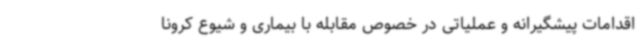
اقدامات پیشگیرانه و عملیاتی در خصوص مقابله با بیماری و شیوع کرونا